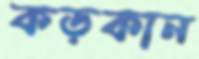
কড়কান